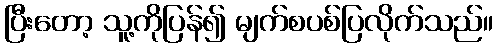
ပြီးတော့ သူ့ကိုပြန်၍ မျက်စပစ်ပြလိုက်သည်။